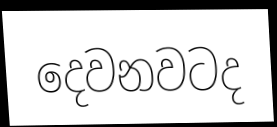
දෙවනවටද